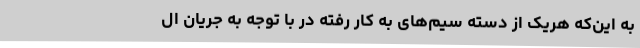
به این‌که هریک از دسته سیم‌های به کار رفته در با توجه به جریان ال